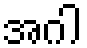
အဂါ